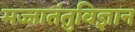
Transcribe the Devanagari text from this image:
मज्जातंतुविज्ञान